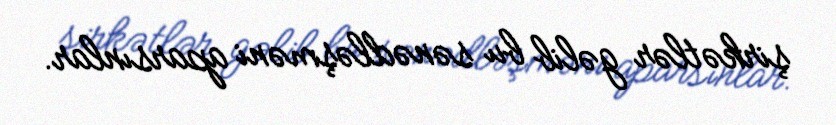
şirkətlər gəlib bu sənədləşməni aparsınlar.